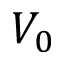
V _ { 0 }